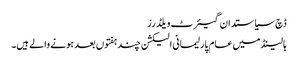
ڈچ سیاستدان گیئرٹ ویلڈرز
ہالینڈ میں عام پارلیمانی الیکشن چند ہفتوں بعد ہونے والے ہیں۔